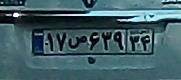
۱۷ص۶۳۹۳۴